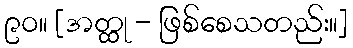
၉၀။ [အတ္ထု - ဖြစ်စေသတည်း။]